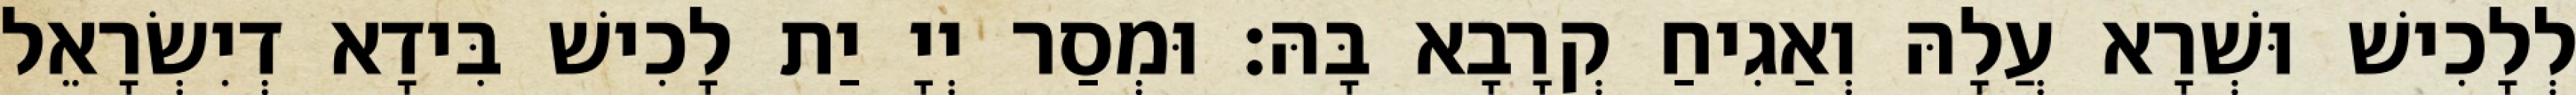
לְלָכִישׁ וּשְׁרָא עֲלָהּ וְאַגִיחַ קְרָבָא בָּהּ׃ וּמְסַר יְיָ יַת לָכִישׁ בִּידָא דְיִשְׂרָאֵל